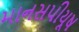
માનસપીયૂષ